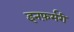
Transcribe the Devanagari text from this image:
इनफ़र्मरी